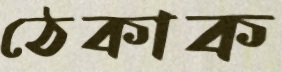
ঠেকাক